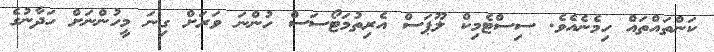
ކަންތައްތައް ހިމެނެއެވެ. ސިސްޓެމިކް ލޫޕަސް އެރިތުމަޓޯސަސް ހުންނަ ވަރަށް ގިނަ މީހުންނަށް ހަދާނުގެ